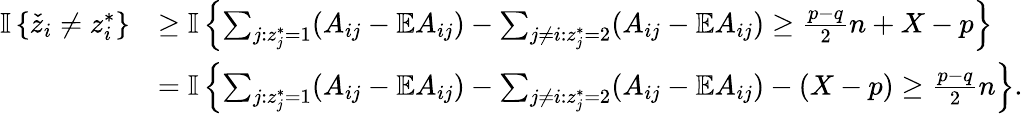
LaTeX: \begin{array}{rl}{{\mathbb{I}\left\{ {\check{z}_{i}\neq z_{i}^{*}}\right\} }}&{\geq{\mathbb{I}\left\{ {\sum_{j:z_{j}^{*}=1}(A_{ij}-\mathbb{E}A_{ij})-\sum_{j\neq i:z_{j}^{*}=2}(A_{ij}-\mathbb{E}A_{ij})\geq\frac{p-q}{2}n+X-p}\right\} }}\\ &{={\mathbb{I}\left\{ {\sum_{j:z_{j}^{*}=1}(A_{ij}-\mathbb{E}A_{ij})-\sum_{j\neq i:z_{j}^{*}=2}(A_{ij}-\mathbb{E}A_{ij})-(X-p)\geq\frac{p-q}{2}n}\right\} }.}\end{array}